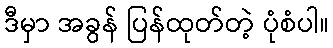
ဒီမှာ အခွန် ပြန်ထုတ်တဲ့ ပုံစံပါ။